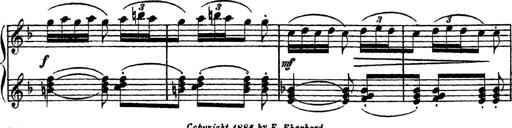
Title: Piano Sonatinas
Composer: Charles Fradel